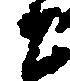
右